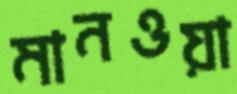
মানওয়া